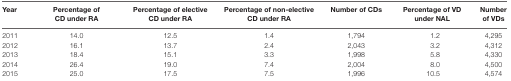
<table><thead><tr><td><b>Year</b></td><td><b>Percentage of CD under RA</b></td><td><b>Percentage of elective CD under RA</b></td><td><b>Percentage of non-elective CD under RA</b></td><td><b>Number of CDs</b></td><td><b>Percentage of VD under NAL</b></td><td><b>Number of VDs</b></td></tr></thead><tbody><tr><td>2011</td><td>14.0</td><td>12.5</td><td>1.4</td><td>1,794</td><td>1.2</td><td>4,295</td></tr><tr><td>2012</td><td>16.1</td><td>13.7</td><td>2.4</td><td>2,043</td><td>3.2</td><td>4,312</td></tr><tr><td>2013</td><td>18.4</td><td>15.1</td><td>3.3</td><td>1,998</td><td>5.8</td><td>4,330</td></tr><tr><td>2014</td><td>26.4</td><td>19.0</td><td>7.4</td><td>2,004</td><td>8.0</td><td>4,500</td></tr><tr><td>2015</td><td>25.0</td><td>17.5</td><td>7.5</td><td>1,996</td><td>10.5</td><td>4,574</td></tr></tbody></table>